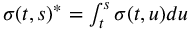
\textstyle { \boldsymbol { \sigma } } ( t , s ) ^ { * } = \int _ { t } ^ { s } { \boldsymbol { \sigma } } ( t , u ) d u